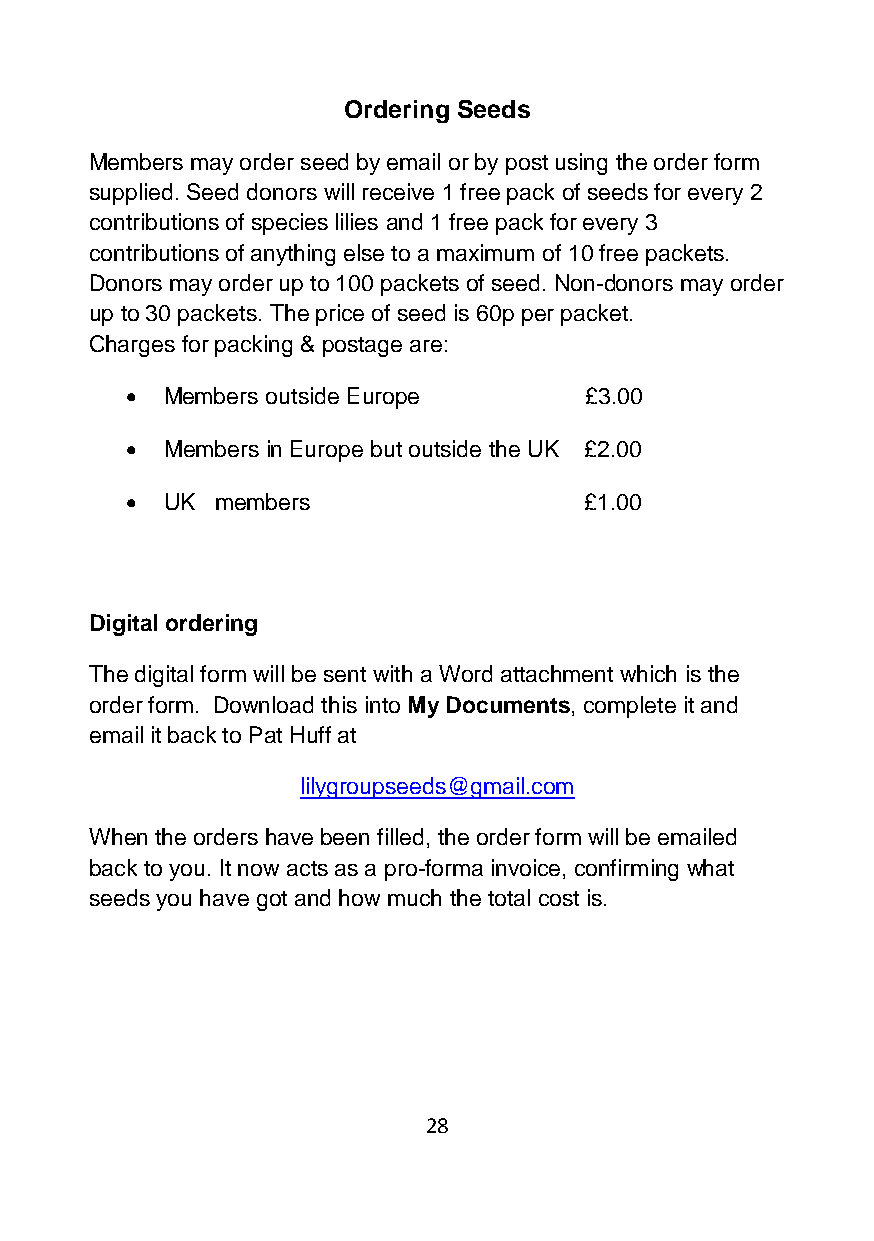
Ordering Seeds
 Members may order seed by email or by post using the order form
 supplied. Seed donors will receive 1 free pack of seeds for every 2
 contributions of species lilies and 1 free pack for every 3
 contributions of anything else to a maximum of 10 free packets.
 Donors may order up to 100 packets of seed. Non-donors may order
 up to 30 packets. The price of seed is 60p per packet.
 Charges for packing & postage are:
   Members outside Europe      £3.00
   Members in Europe but outside the UK £2.00
   UK members                  £1.00
 Digital ordering
 The digital form will be sent with a Word attachment which is the
 order form. Download this into My Documents, complete it and
 email it back to Pat Huff at
 lilygroupseeds@gmail.com
 When the orders have been filled, the order form will be emailed
 back to you. It now acts as a pro-forma invoice, confirming what
 seeds you have got and how much the total cost is.
 28